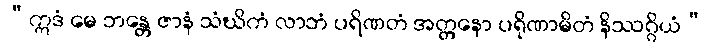
“ဣဒံ မေ ဘန္တေ ဇာနံ သံဃိကံ လာဘံ ပရိဏတံ အတ္တနော ပရိုဏာမိတံ နိဿဂ္ဂိယံ”